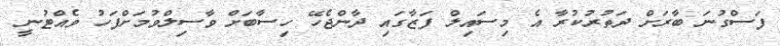
ފަސްގުނަ ބާރަށް ދަތުރުކުރާ އެ މިސައިލް ފަޒާގައި ދާންޖެހޭ ހިސާބަށް ވާސިލްވުމަށްފަހު ވެއްޓުނީ